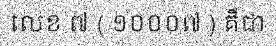
លេខ ៧ ( ១០០០៧ ) គឺជា